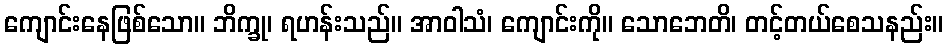
ကျောင်းနေဖြစ်သော။ ဘိက္ခု၊ ရဟန်းသည်။ အာဝါသံ၊ ကျောင်းကို။ သောဘေတိ၊ တင့်တယ်စေသနည်း။